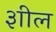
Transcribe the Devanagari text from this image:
३ाील